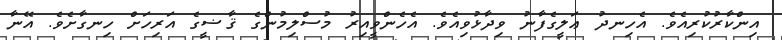
އިންކާރުކުރިއެވެ. އެހިނދު ޢަލީގެފާނު ވިދާޅުވިއެވެ. އެހެންވީއިރު މުސްލިމުންގެ ޤާޟީގެ އަރިހަށް ހިނގާށެވެ. އޭނާ